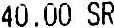
40.00 SR